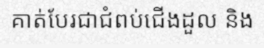
គាត់បែរជាជំពប់ជើងដួល និង